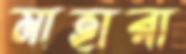
মাহারা